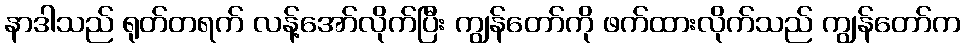
နာဒါသည် ရုတ်တရက် လန့်အော်လိုက်ပြီး ကျွန်တော်ကို ဖက်ထားလိုက်သည် ကျွန်တော်က